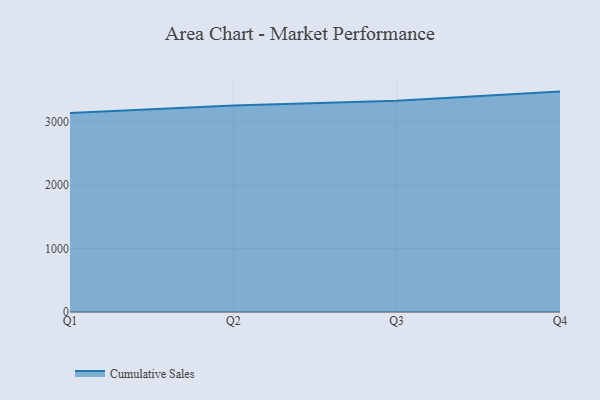
{"axis": {"x": "Quarter", "y": "Backlog"}, "legend": ["Cumulative Sales"], "data": [{"x": "Q1", "y": 3139.5, "type": "Cumulative Sales"}, {"x": "Q2", "y": 3254.8, "type": "Cumulative Sales"}, {"x": "Q3", "y": 3331.4, "type": "Cumulative Sales"}, {"x": "Q4", "y": 3475.8, "type": "Cumulative Sales"}]}